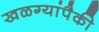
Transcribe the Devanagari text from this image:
खळग्यांपैकी